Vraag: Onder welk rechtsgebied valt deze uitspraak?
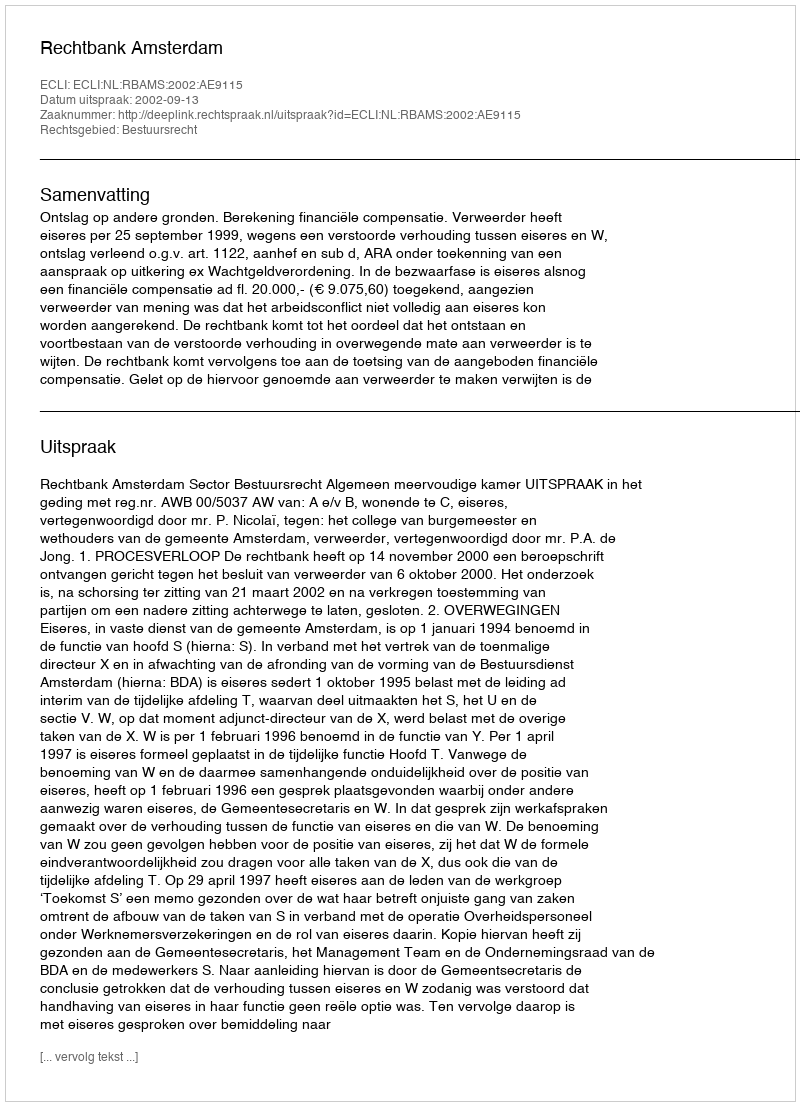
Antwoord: Bestuursrecht